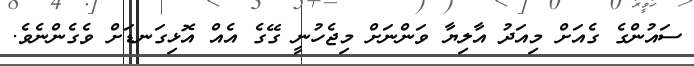
ސައުންގެ ގެއަށް މިއަދު އާލިޔާ ވަންނަށް މިޖެހުނީ ގޭގެ އެއް އޮޅިގަނޑަށް ވެގެންނެވެ.